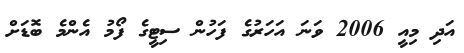
އަދި މިއީ 2006 ވަނަ އަހަރުގެ ފަހުން ސިޓީގެ ފޯމު އެންމެ ބޮޑަށް